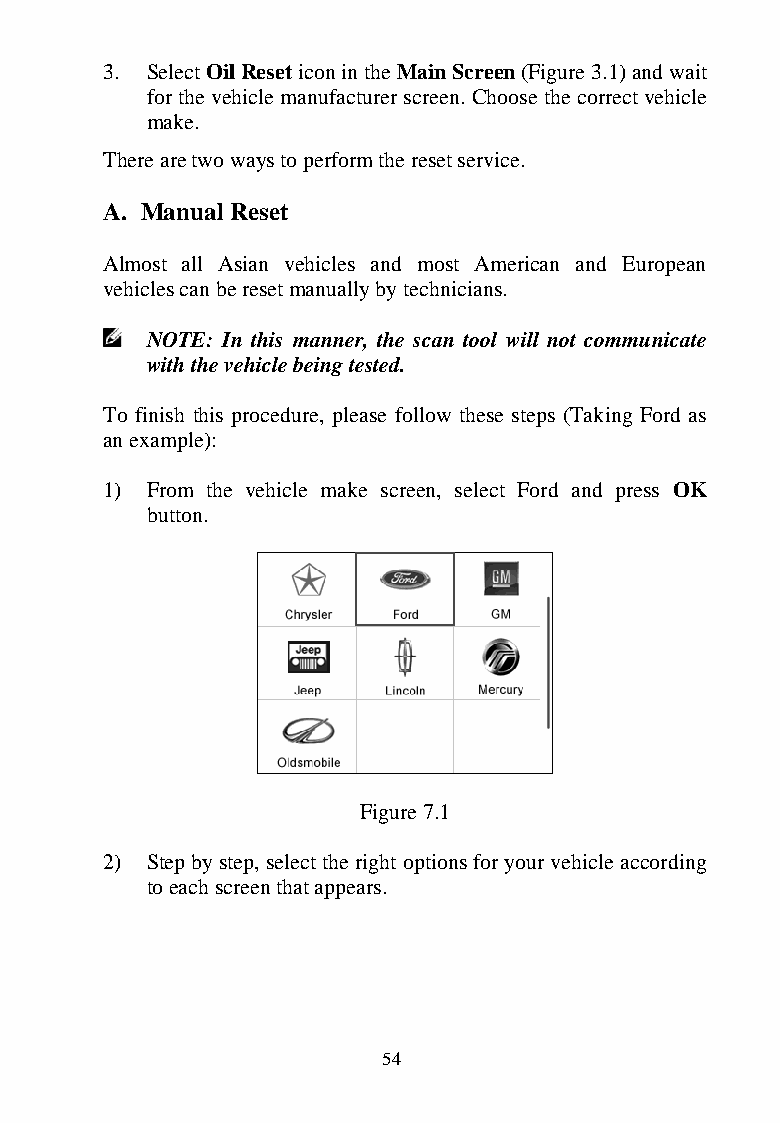
3. Select Oil Reset icon in the Main Screen (Figure 3.1) and wait
 for the vehicle manufacturer screen. Choose the correct vehicle
 make.
 There are two ways to perform the reset service.
 A. Manual Reset
 Almost all Asian vehicles and most American and European
 vehicles can be reset manually by technicians.
 NOTE: In this manner, the scan tool will not communicate
 with the vehicle being tested.
 To finish this procedure, please follow these steps (Taking Ford as
 an example):
 1) From the vehicle make screen, select Ford and press OK
 button.
 Figure 7.1
 2) Step by step, select the right options for your vehicle according
 to each screen that appears.
 54